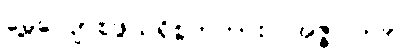
မွေ့လျော်စဖွယ်ရှိစွတကား။ အဇ္ဇ၊ ယခု။